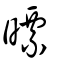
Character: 㬓